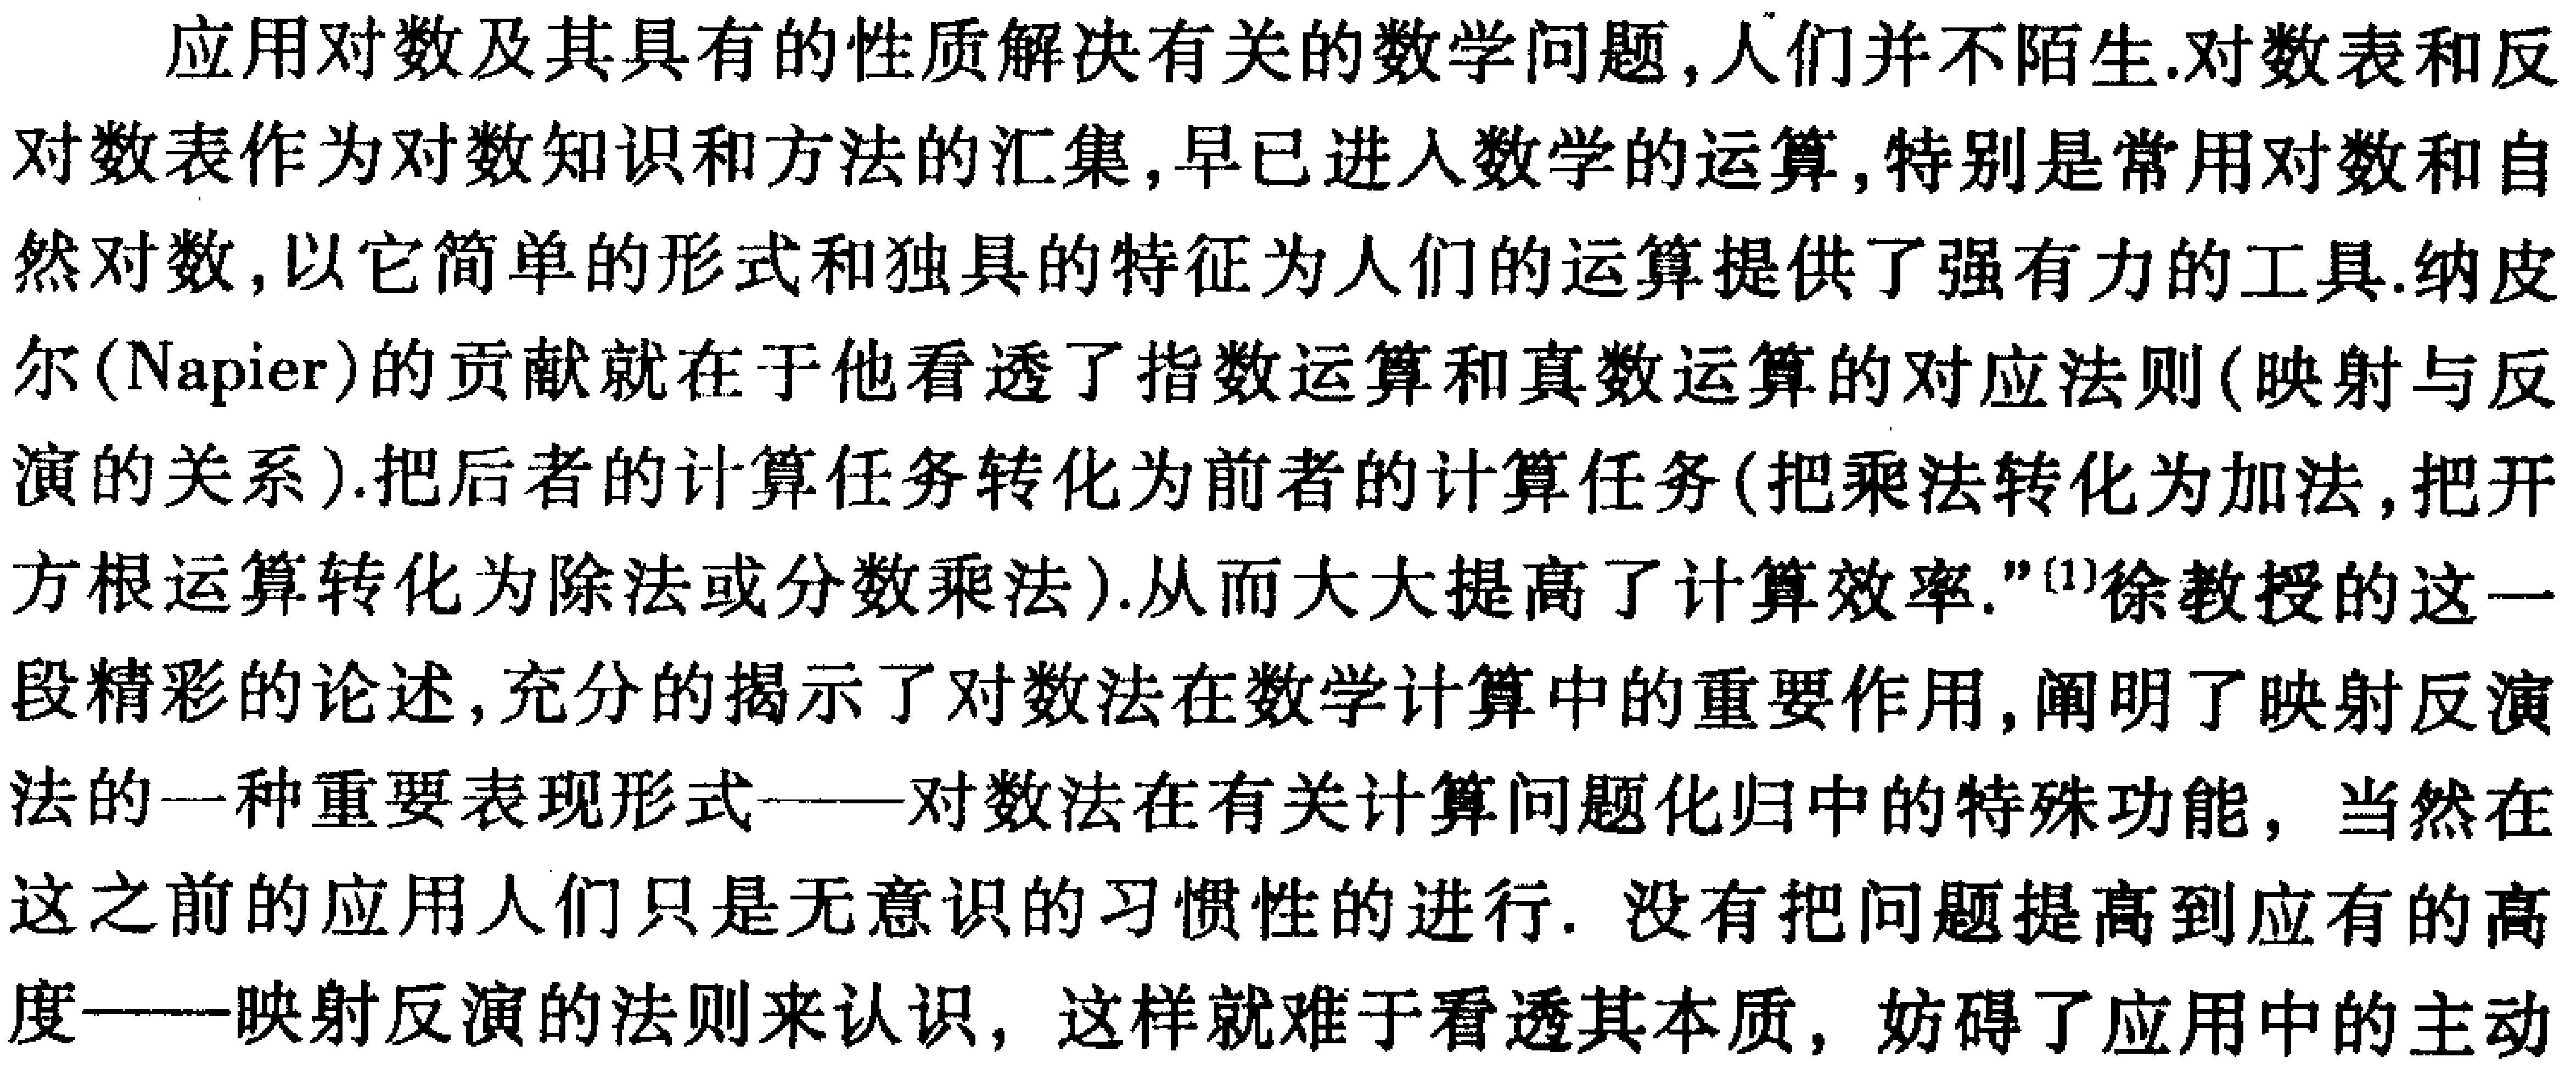
应用对数及其具有的性质解决有关的数学问题,人们并不陌生.对数表和反对数表作为对数知识和方法的汇集,早已进入数学的运算,特别是常用对数和自然对数,以它简单的形式和独具的特征为人们的运算提供了强有力的工具.纳皮尔(Napier)的贡献就在于他看透了指数运算和真数运算的对应法则(映射与反演的关系).把后者的计算任务转化为前者的计算任务(把乘法转化为加法,把开方根运算转化为除法或分数乘法).从而大大提高了计算效率."\(^{[1]}\)徐教授的这一段精彩的论述,充分的揭示了对数法在数学计算中的重要作用,阐明了映射反演法的一种重要表现形式——对数法在有关计算问题化归中的特殊功能，当然在这之前的应用人们只是无意识的习惯性的进行. 没有把问题提高到应有的高度——映射反演的法则来认识, 这样就难于看透其本质, 妨碍了应用中的主动